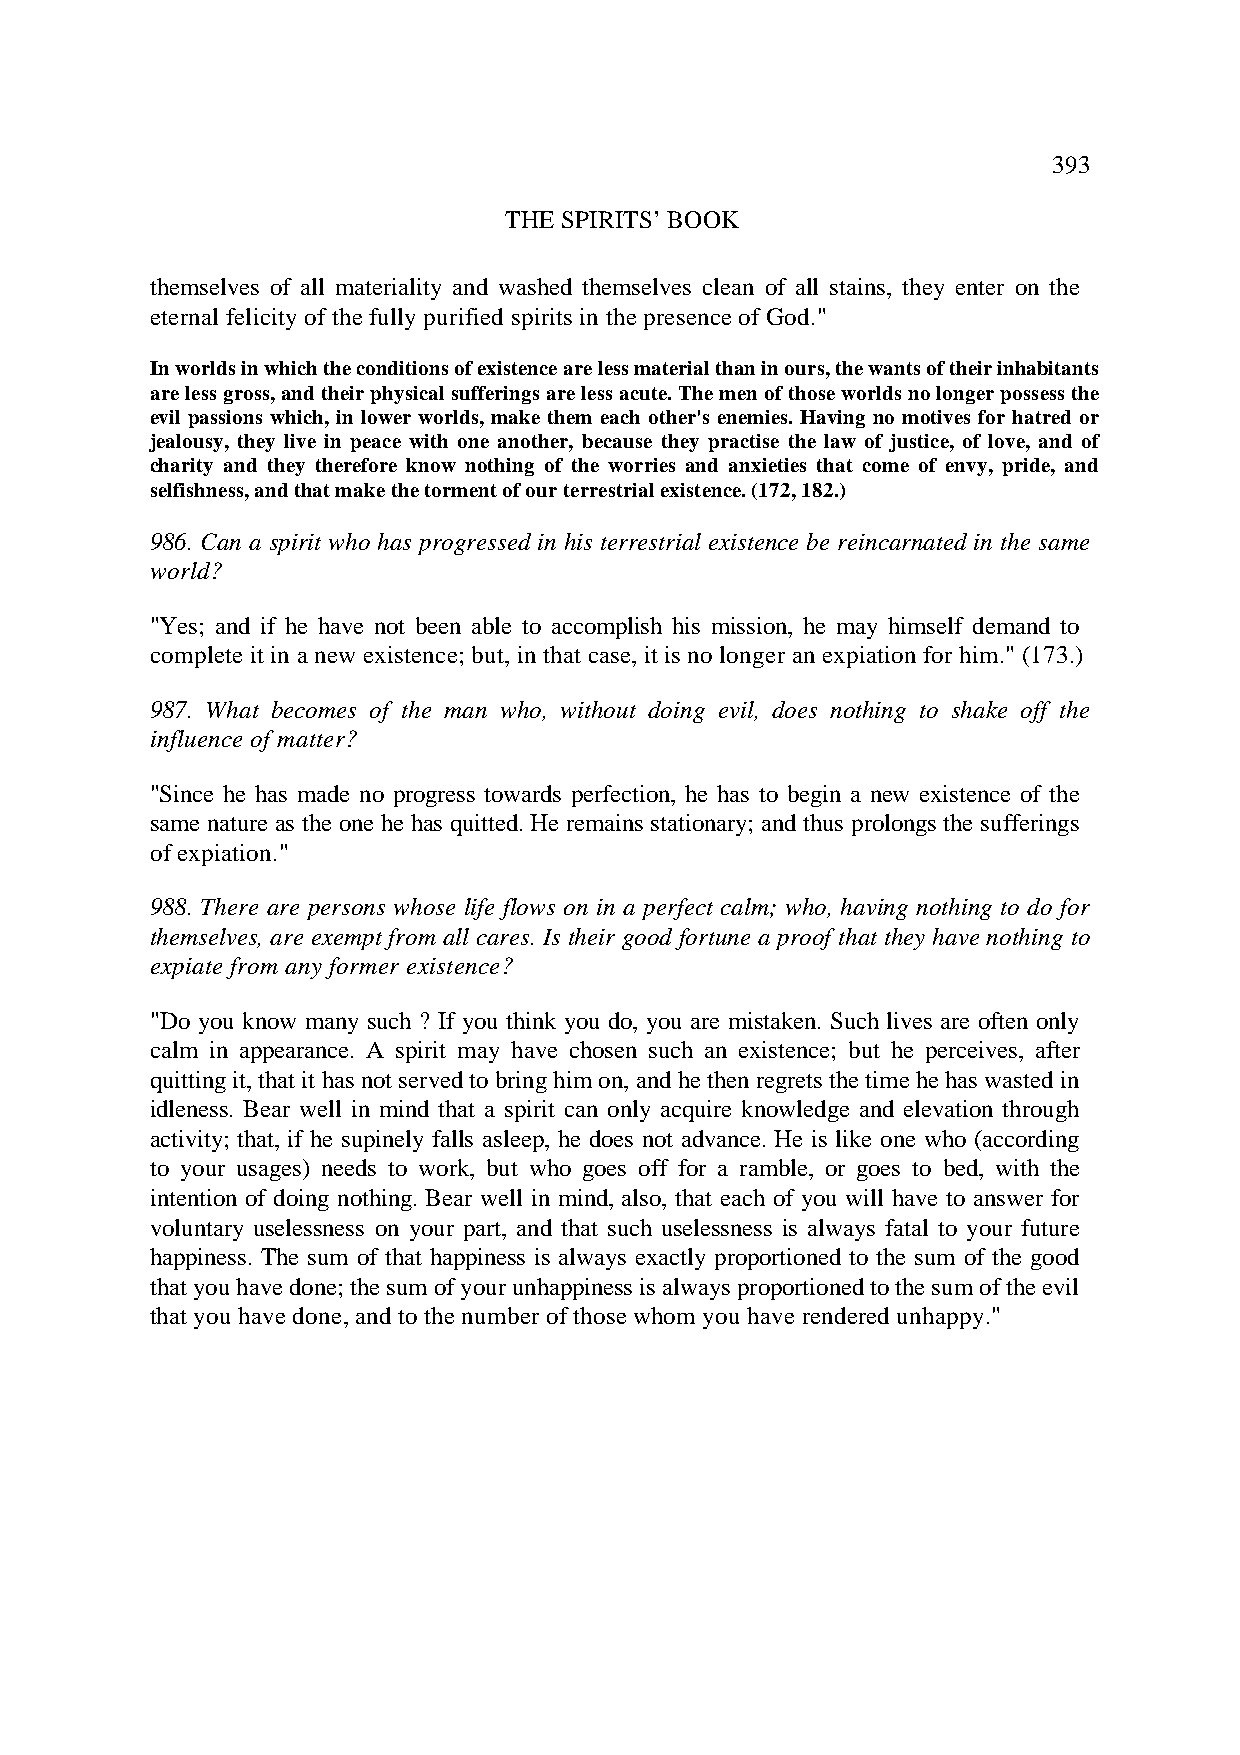
393
 THE SPIRITS’ BOOK
 themselves of all materiality and washed themselves clean of all stains, they enter on the
 eternal felicity of the fully purified spirits in the presence of God."
 In worlds in which the conditions of existence are less material than in ours, the wants of their inhabitants
 are less gross, and their physical sufferings are less acute. The men of those worlds no longer possess the
 evil passions which, in lower worlds, make them each other's enemies. Having no motives for hatred or
 jealousy, they live in peace with one another, because they practise the law of justice, of love, and of
 charity and they therefore know nothing of the worries and anxieties that come of envy, pride, and
 selfishness, and that make the torment of our terrestrial existence. (172, 182.)
 986. Can a spirit who has progressed in his terrestrial existence be reincarnated in the same
 world?
 "Yes; and if he have not been able to accomplish his mission, he may himself demand to
 complete it in a new existence; but, in that case, it is no longer an expiation for him." (173.)
 987. What becomes of the man who, without doing evil, does nothing to shake off the
 influence of matter?
 "Since he has made no progress towards perfection, he has to begin a new existence of the
 same nature as the one he has quitted. He remains stationary; and thus prolongs the sufferings
 of expiation."
 988. There are persons whose life flows on in a perfect calm; who, having nothing to do for
 themselves, are exempt from all cares. Is their good fortune a proof that they have nothing to
 expiate from any former existence?
 "Do you know many such ? If you think you do, you are mistaken. Such lives are often only
 calm in appearance. A spirit may have chosen such an existence; but he perceives, after
 quitting it, that it has not served to bring him on, and he then regrets the time he has wasted in
 idleness. Bear well in mind that a spirit can only acquire knowledge and elevation through
 activity; that, if he supinely falls asleep, he does not advance. He is like one who (according
 to your usages) needs to work, but who goes off for a ramble, or goes to bed, with the
 intention of doing nothing. Bear well in mind, also, that each of you will have to answer for
 voluntary uselessness on your part, and that such uselessness is always fatal to your future
 happiness. The sum of that happiness is always exactly proportioned to the sum of the good
 that you have done; the sum of your unhappiness is always proportioned to the sum of the evil
 that you have done, and to the number of those whom you have rendered unhappy."